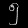
Digit: ၅